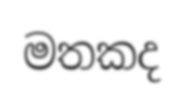
මතකද